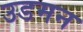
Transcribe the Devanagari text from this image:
उडमन